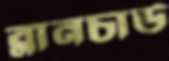
ব্লানচার্ড